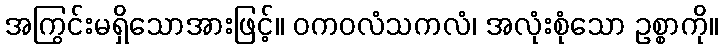
အကြွင်းမရှိသောအားဖြင့်။ ဝကဝလံသကလံ၊ အလုံးစုံသော ဥစ္စာကို။